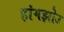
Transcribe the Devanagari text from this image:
हांगझोउ